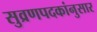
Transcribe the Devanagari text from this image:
सुव्रणपदकांनुसार